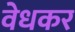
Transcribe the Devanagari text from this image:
वेधकर